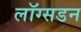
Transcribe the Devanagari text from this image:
लॉग्सडन